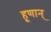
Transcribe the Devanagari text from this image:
हूणान्‌